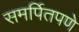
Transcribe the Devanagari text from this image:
समर्पितपणे